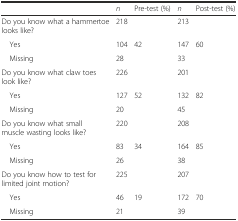
<table><thead><tr><td></td><td><b><i>n</i></b></td><td><b>Pre-test (%)</b></td><td><b><i>n</i></b></td><td><b>Post-test (%)</b></td></tr></thead><tbody><tr><td>Do you know what a hammertoe looks like?</td><td>218</td><td></td><td>213</td><td></td></tr><tr><td> Yes</td><td>104</td><td>42</td><td>147</td><td>60</td></tr><tr><td> Missing</td><td>28</td><td></td><td>33</td><td></td></tr><tr><td>Do you know what claw toes look like?</td><td>226</td><td></td><td>201</td><td></td></tr><tr><td> Yes</td><td>127</td><td>52</td><td>132</td><td>82</td></tr><tr><td> Missing</td><td>20</td><td></td><td>45</td><td></td></tr><tr><td>Do you know what small muscle wasting looks like?</td><td>220</td><td></td><td>208</td><td></td></tr><tr><td> Yes</td><td>83</td><td>34</td><td>164</td><td>85</td></tr><tr><td> Missing</td><td>26</td><td></td><td>38</td><td></td></tr><tr><td>Do you know how to test for limited joint motion?</td><td>225</td><td></td><td>207</td><td></td></tr><tr><td> Yes</td><td>46</td><td>19</td><td>172</td><td>70</td></tr><tr><td> Missing</td><td>21</td><td></td><td>39</td><td></td></tr></tbody></table>